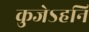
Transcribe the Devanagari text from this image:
कुजेऽहनि